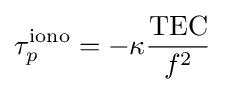
\tau _{p}^{\mathrm {iono} }=-\kappa {\frac {\mathrm {TEC} }{f^{2}}}